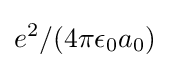
e^{2}/(4\pi \epsilon _{0}a_{0})